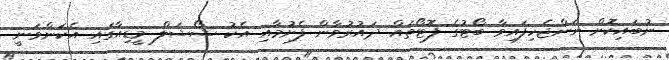
ނުބައިކޮށް ނަންޖެހިފައިވާ ބޯޓުގެ ފޮޓޯތައް ދައުރުވާން ފެށުމާއި އެކު ޝޯޝަލް މީޑިއާގައި އެކަންވަނީ